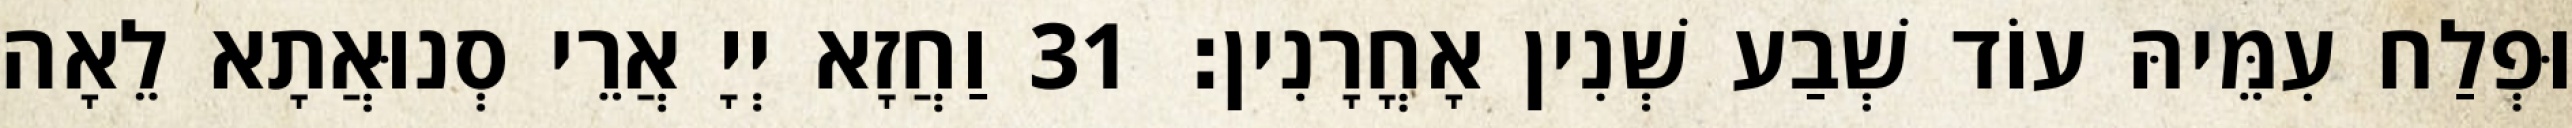
וּפְלַח עִמֵּיהּ עוֹד שְׁבַע שְׁנִין אָחֳרָנִין׃ 31 וַחֲזָא יְיָ אֲרֵי סְנוּאֲתָא לֵאָה